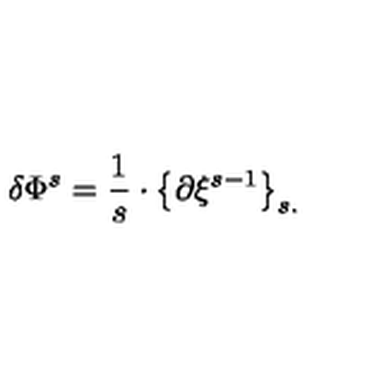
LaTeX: \delta \Phi ^ { s } = \frac { 1 } { s } \cdot \left\{ \partial \xi ^ { s - 1 } \right\} _ { s . }